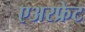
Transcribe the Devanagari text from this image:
एअरफ्रेट